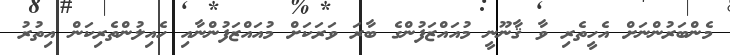
މެންބަރުންނަށް އެހީތެރި ވާ ޤާނޫނީ މުއައްޒަފުންގެ ބާރަ ވަރަކަށް މުއައްޒަފުންނާއި ހެއިލުންތެރިކަން އިތުރު